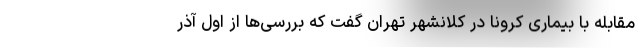
مقابله با بیماری کرونا در کلانشهر تهران گفت ‌که بررسی‌ها از اول آذر